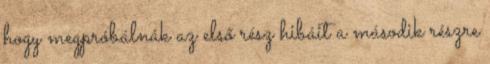
hogy megpróbálnák az első rész hibáit a második részre